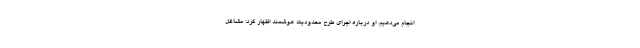
انجام می‌دهیم. او درباره اجرای طرح محدودیت هوشمند اظهار کرد: مشاغل